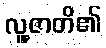
လူ့ဇာတိ၏